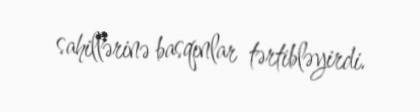
sahillərinə basqınlar tərtibləyirdi.